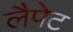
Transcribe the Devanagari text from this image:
लैपेट